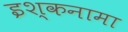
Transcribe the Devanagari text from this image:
इश्कनामा